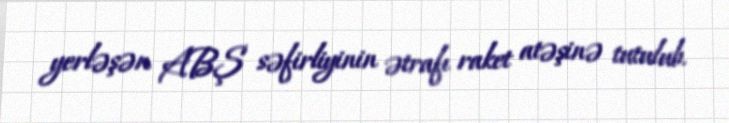
yerləşən ABŞ səfirliyinin ətrafı raket atəşinə tutulub.